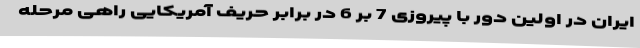
ایران در اولین دور با پیروزی 7 بر 6 در برابر حریف آمریکایی راهی مرحله